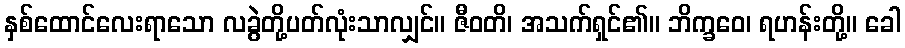
နှစ်ထောင်လေးရာသော လခွဲတို့ပတ်လုံးသာလျှင်။ ဇီဝတိ၊ အသက်ရှင်၏။ ဘိက္ခဝေ၊ ရဟန်းတို့။ ခေါ